Leaving Certificate Examination (including Day School Certificate (Higher) General paper), 1938
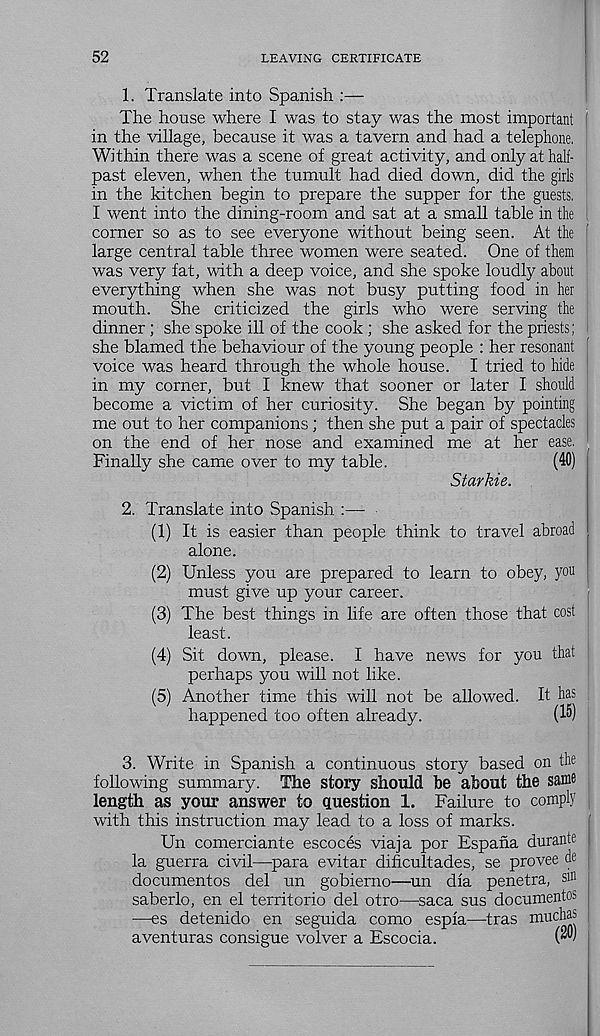
52
LEAVING CERTIFICATE
1. Translate into Spanish :—
The house where I was to stay was the most important
in the village, because it was a tavern and had a telephone,
Within there was a scene of great activity, and only at half-
past eleven, when the tumult had died down, did the girls
in the kitchen begin to prepare the supper for the guests,
I went into the dining-room and sat at a small table in the
corner so as to see everyone without being seen. At the
large central table three women were seated. One of them
was very fat, with a deep voice, and she spoke loudly about
everything when she was not busy putting food in her
mouth. She criticized the girls who were serving the
dinner ; she spoke ill of the cook ; she asked for the priests;
she blamed the behaviour of the young people : her resonant
voice was heard through the whole house. I tried to hide
in my corner, but I knew that sooner or later I should
become a victim of her curiosity. She began by pointing
me out to her companions ; then she put a pair of spectades
on the end of her nose and examined me at her ease,
Finally she came over to my table.
(40)
Starkie.
2. Translate into Spanish :—-
(1) It is easier than people think to travel abroad
alone.
(2) Unless you are prepared to learn to obey, you
must give up your career.
(3) The best things in life are often those that cost
least.
(4) Sit down, please. I have news for you that
perhaps you will not like.
(5) Another time this will not be allowed. It has
happened too often already.
(1®)
3. Write in Spanish a continuous story based on d ie
following summary. The story should be about the same
length as your answer to question 1. Failure to comply
with this instruction may lead to a loss of marks.
Un comerciante escoces viaja por Espana durante
la guerra civil—para evitar dificultades, se provee de
documentos del un gobierno—un dia penetra, sm
saberlo, en el territorio del otro—saca sus documentos
—es detenido en seguida como espia—tras muchas
aventuras consigue volver a Escocia.
w'